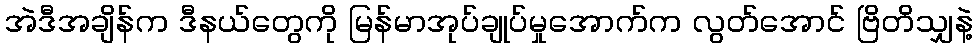
အဲဒီအချိန်က ဒီနယ်တွေကို မြန်မာအုပ်ချုပ်မှုအောက်က လွတ်အောင် ဗြိတိသျှနဲ့